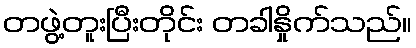
တဖွဲ့တူးပြီးတိုင်း တခါနှိုက်သည်။